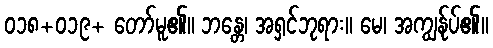
၀၁၈+၀၁၉+ တော်မူ၏။ ဘန္တေ၊ အရှင်ဘုရား။ မေ၊ အကျွန်ုပ်၏။